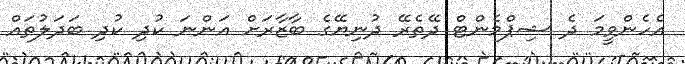
އެހެންވީމަ ދެ ޝިޕްމެންޓް ދޭތެރޭ ދުނިޔޭގެ ބާޒާރަށް އަންނަ ކުދި ކުދި ބަދަލުތައް